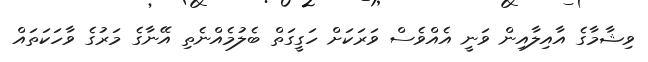
ވިޝާމާގެ އާއިލާއިން ވަނީ އެއްވެސް ވަރަކަށް ހަގީގަތް ބެލުމެއްނެތި އޭނާގެ މަރުގެ ވާހަކަތައް